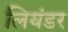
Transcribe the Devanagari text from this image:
लियंडर